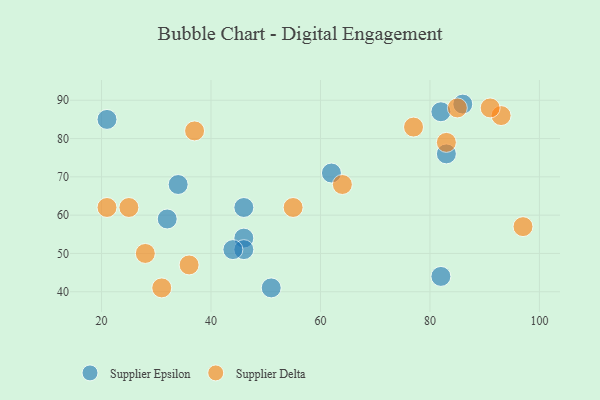
{"axis": {"x": "GDP", "y": "Life Expectancy"}, "legend": ["Supplier Delta", "Supplier Epsilon"], "data": [{"x": "46", "y": 62, "type": "Supplier Epsilon"}, {"x": "82", "y": 44, "type": "Supplier Epsilon"}, {"x": "21", "y": 85, "type": "Supplier Epsilon"}, {"x": "32", "y": 59, "type": "Supplier Epsilon"}, {"x": "46", "y": 54, "type": "Supplier Epsilon"}, {"x": "83", "y": 76, "type": "Supplier Epsilon"}, {"x": "46", "y": 51, "type": "Supplier Epsilon"}, {"x": "44", "y": 51, "type": "Supplier Epsilon"}, {"x": "51", "y": 41, "type": "Supplier Epsilon"}, {"x": "34", "y": 68, "type": "Supplier Epsilon"}, {"x": "86", "y": 89, "type": "Supplier Epsilon"}, {"x": "62", "y": 71, "type": "Supplier Epsilon"}, {"x": "82", "y": 87, "type": "Supplier Epsilon"}, {"x": "21", "y": 62, "type": "Supplier Delta"}, {"x": "36", "y": 47, "type": "Supplier Delta"}, {"x": "55", "y": 62, "type": "Supplier Delta"}, {"x": "64", "y": 68, "type": "Supplier Delta"}, {"x": "28", "y": 50, "type": "Supplier Delta"}, {"x": "93", "y": 86, "type": "Supplier Delta"}, {"x": "97", "y": 57, "type": "Supplier Delta"}, {"x": "91", "y": 88, "type": "Supplier Delta"}, {"x": "25", "y": 62, "type": "Supplier Delta"}, {"x": "83", "y": 79, "type": "Supplier Delta"}, {"x": "31", "y": 41, "type": "Supplier Delta"}, {"x": "77", "y": 83, "type": "Supplier Delta"}, {"x": "85", "y": 88, "type": "Supplier Delta"}, {"x": "37", "y": 82, "type": "Supplier Delta"}]}